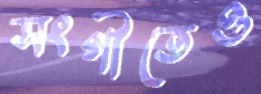
সংগীতেও